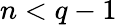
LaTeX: n<q-1